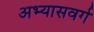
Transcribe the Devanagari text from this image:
अभ्यासवर्ग